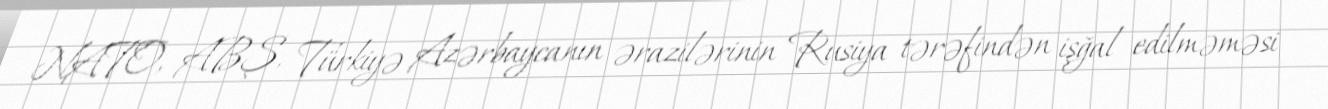
NATO, ABŞ, Türkiyə Azərbaycanın ərazilərinin Rusiya tərəfindən işğal edilməməsi